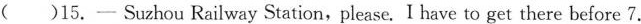
()15.- Suzhou Railway Station,please. I have to get there before 7.